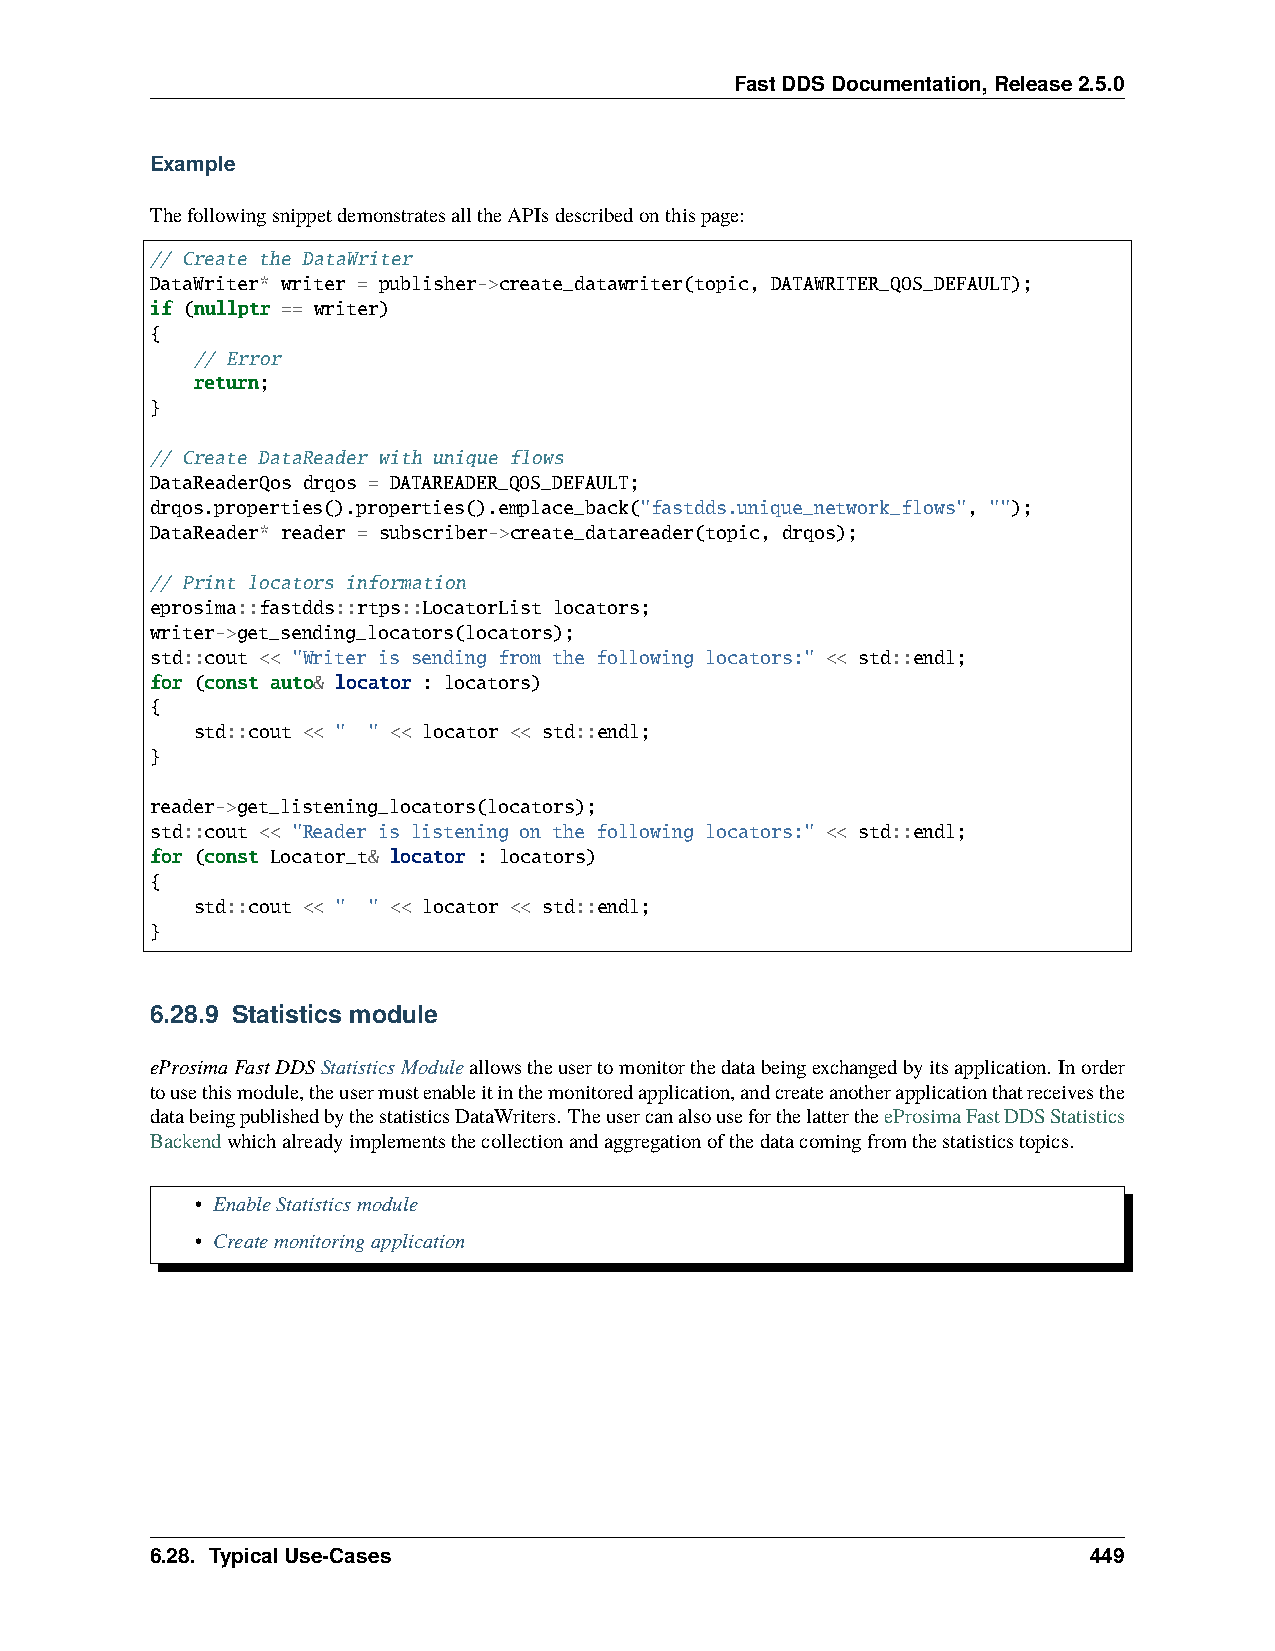
FastDDSDocumentation,Release2.5.0
 Example
 ThefollowingsnippetdemonstratesalltheAPIsdescribedonthispage:
 // Create the DataWriter
 DataWriter* writer = publisher->create_datawriter(topic, DATAWRITER_QOS_DEFAULT);
 if (nullptr == writer)
 {
 // Error
 return;
 }
 // Create DataReader with unique flows
 DataReaderQos drqos = DATAREADER_QOS_DEFAULT;
 drqos.properties().properties().emplace_back("fastdds.unique_network_flows", "");
 DataReader* reader = subscriber->create_datareader(topic, drqos);
 // Print locators information
 eprosima::fastdds::rtps::LocatorList locators;
 writer->get_sending_locators(locators);
 std::cout << "Writer is sending from the following locators:" << std::endl;
 for (const auto& locator : locators)
 {
 std::cout << " " << locator << std::endl;
 }
 reader->get_listening_locators(locators);
 std::cout << "Reader is listening on the following locators:" << std::endl;
 for (const Locator_t& locator : locators)
 {
 std::cout << " " << locator << std::endl;
 }
 6.28.9 Statistics module
 eProsimaFastDDSStatisticsModuleallowstheusertomonitorthedatabeingexchangedbyitsapplication. Inorder
 tousethismodule,theusermustenableitinthemonitoredapplication,andcreateanotherapplicationthatreceivesthe
 databeingpublishedbythestatisticsDataWriters. TheusercanalsouseforthelattertheeProsimaFastDDSStatistics
 Backendwhichalreadyimplementsthecollectionandaggregationofthedatacomingfromthestatisticstopics.
 • EnableStatisticsmodule
 • Createmonitoringapplication
 6.28. TypicalUse-Cases                                        449